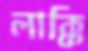
লাক্কি